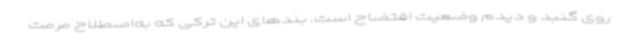
روی گنبد و دیدم وضعیت افتضاح است. بندهای این ترکی که به‌اصطلاح مرمت